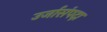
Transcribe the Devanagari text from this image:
उर्जासंपदा